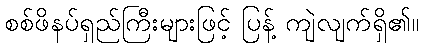
စစ်ဖိနပ်ရှည်ကြီးများဖြင့် ပြန့် ကျဲလျက်ရှိ၏။